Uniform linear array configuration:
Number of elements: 48
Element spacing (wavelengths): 1
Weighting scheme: uniform
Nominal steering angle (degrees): -45
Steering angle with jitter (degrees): -44.937
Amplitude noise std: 0.05
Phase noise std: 0.05

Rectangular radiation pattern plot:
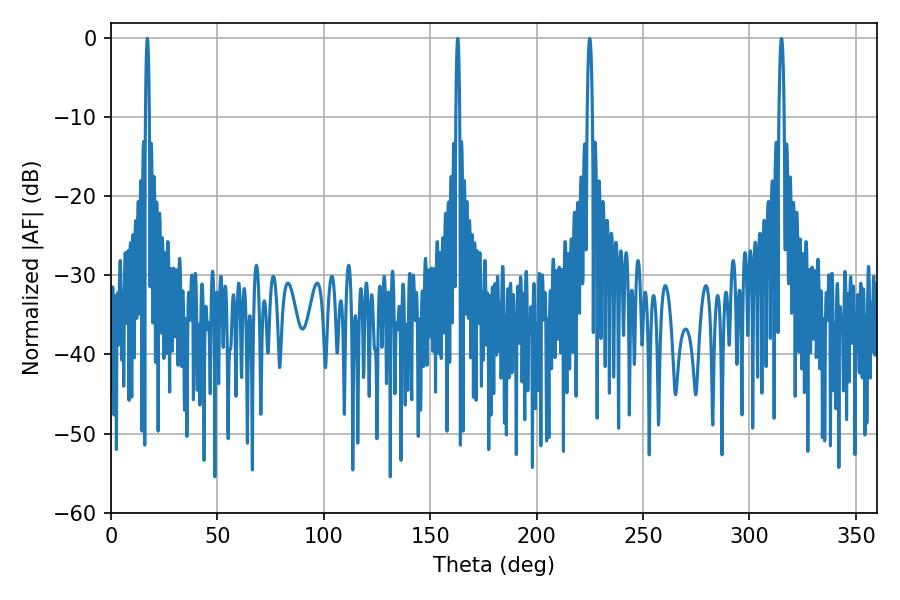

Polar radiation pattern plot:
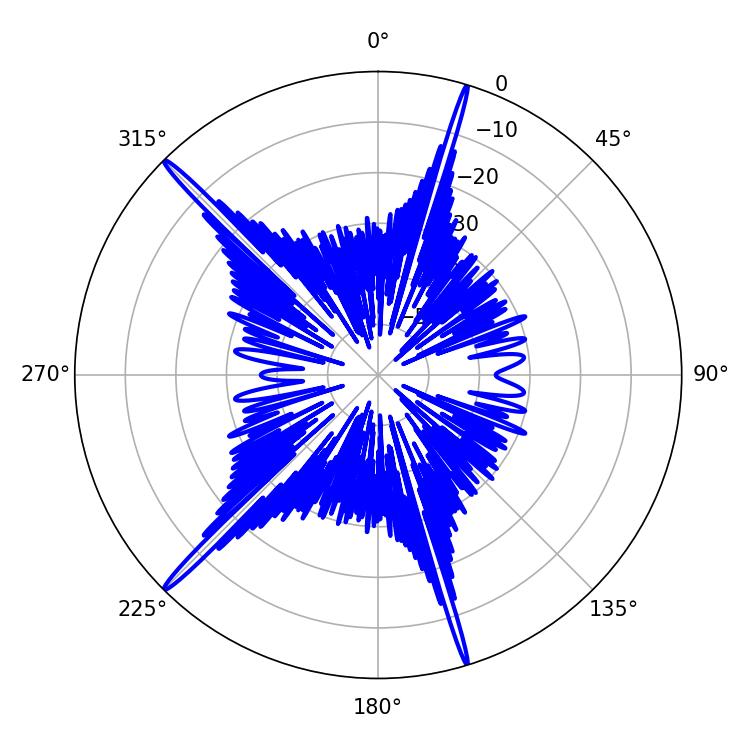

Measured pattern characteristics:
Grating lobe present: TRUE
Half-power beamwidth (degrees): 0.9
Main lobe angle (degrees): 162.9